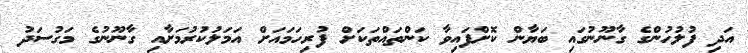
އަދި ފުލުހުންގެ ގާނޫނުގައި ބަޔާން ކޮށްފައިވާ ކަންތައްތަކަށް ފުރިހަމައަށް އަމަލުކުރުމަށާއި ގާނޫނުގެ މަގުސަދު